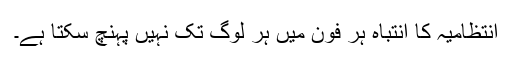
انتظامیہ کا انتباہ ہر فون میں ہر لوگ تک نہیں پہنچ سکتا ہے۔